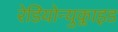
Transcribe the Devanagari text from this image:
रेडियोन्युक्लाइड